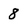
Character: 8